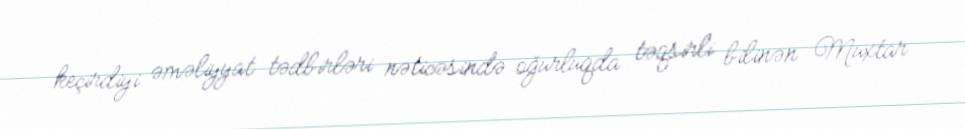
keçirdiyi əməliyyat tədbirləri nəticəsində oğurluqda təqsirli bilinən Muxtar